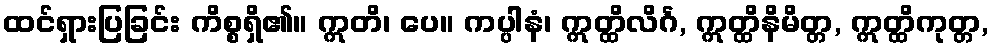
ထင်ရှားပြခြင်း ကိစ္စရှိ၏။ ဣတိ၊ ပေ။ ကပ္ပါနံ၊ ဣတ္ထိလိင်္ဂ, ဣတ္ထိနိမိတ္တ, ဣတ္ထိကုတ္တ,